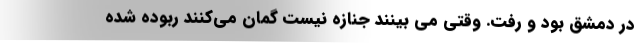
در دمشق بود و رفت. وقتی می بینند جنازه نیست گمان می‌کنند ربوده شده